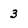
Character: 3